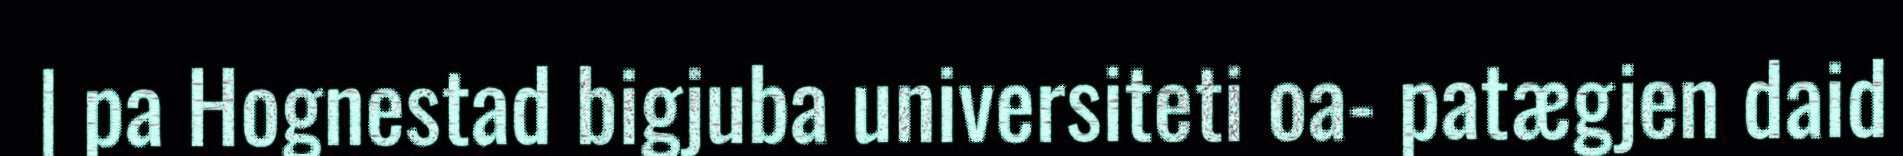
| pa Hognestad bigjuba universiteti oa- patægjen daid